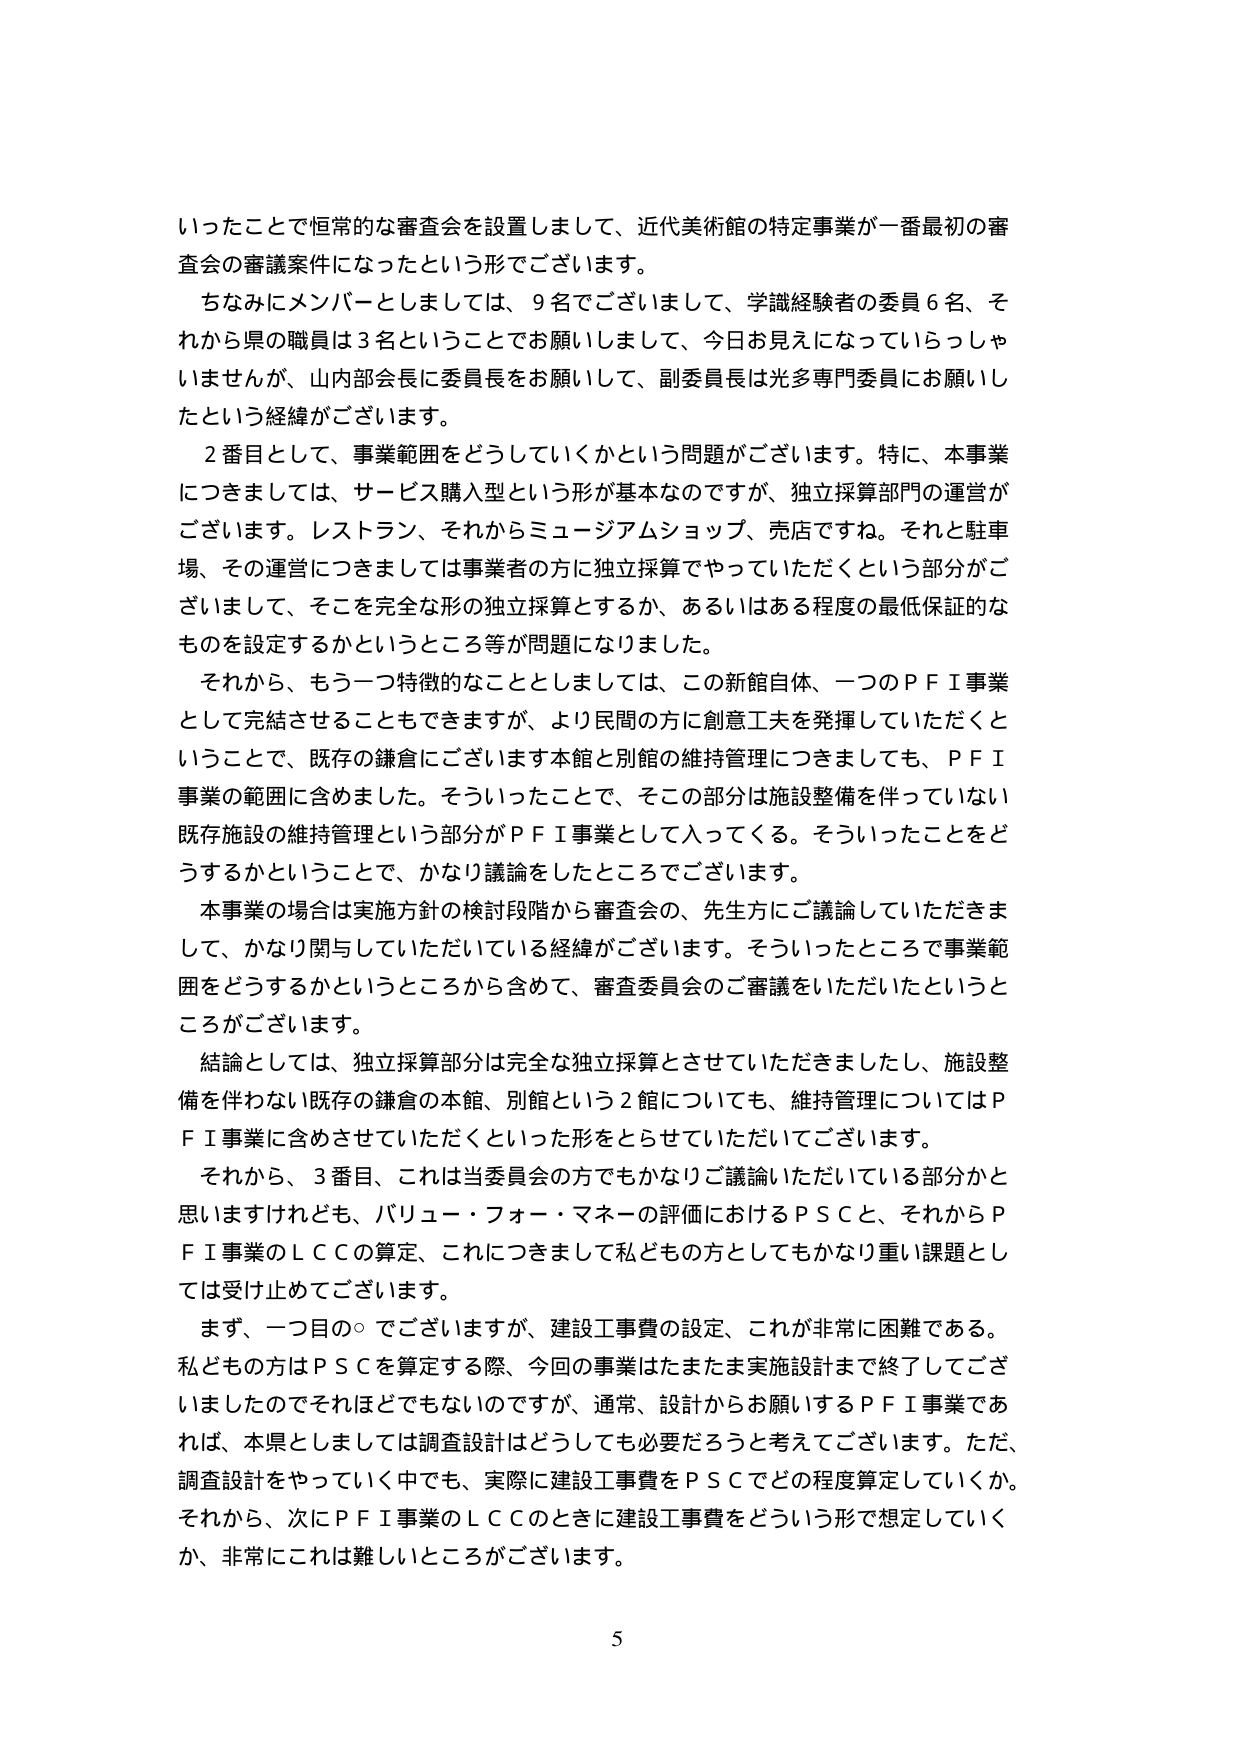
いったことで恒常的な審査会を設置しまして、近代美術館の特定事業が一番最初の審査会の審議案件になったという形でございます。

ちなみにメンバーとしましては、9名でございまして、学識経験者の委員6名、それから県の職員は3名ということでお願いしまして、今日お見えになっていらっしゃいませんが、山内部会長に委員長をお願いして、副委員長は光多専門委員にお願いしたという経緯がございます。

2番目として、事業範囲をどうしていくかという問題がございます。特に、本事業につきましては、サービス購入型という形が基本なのですが、独立採算部門の運営がございます。レストラン、それからミュージアムショップ、売店ですね。それと駐車場、その運営につきましては事業者の方に独立採算でやっていただくという部分がございまして、そこを完全な形の独立採算とするか、あるいはある程度の最低保証的なものを設定するかというところ等が問題になりました。

それから、もう一つ特徴的なこととしましては、この新館自体、一つのＰＦＩ事業として完結させることもできますが、より民間の方に創意工夫を発揮していただくということで、既存の鎌倉にございます本館と別館の維持管理につきましても、ＰＦＩ事業の範囲に含めました。そういったことで、そこの部分は施設整備を伴っていない既存施設の維持管理という部分がＰＦＩ事業として入ってくる。そういったことをどうするかということで、かなり議論をしたところでございます。

本事業の場合は実施方針の検討段階から審査会の、先生方にご議論していただきまして、かなり関与していただいている経緯がございます。そういったところで事業範囲をどうするかというところから含めて、審査委員会のご審議をいただいたというところがございます。

結論としては、独立採算部分は完全な独立採算とさせていただきましたし、施設整備を伴わない既存の鎌倉の本館、別館という2館についても、維持管理についてはＰＦＩ事業に含めさせていただくといった形をとらせていただいてございます。

それから、3番目、これは当委員会の方でもかなりご議論いただいている部分かと思いますけれども、バリュー・フォー・マネーの評価におけるＰＳＣと、それからＰＦＩ事業のＬＣＣの算定、これにつきまして私どもの方としてもかなり重い課題としては受け止めてございます。

まず、一つ目の○でございますが、建設工事費の設定、これが非常に困難である。私どもの方はＰＳＣを算定する際、今回の事業はたまたま実施設計まで終了してございましたのでそれほどでもないのですが、通常、設計からお願いするＰＦＩ事業であれば、本県としましては調査設計はどうしても必要だろうと考えてございます。ただ、調査設計をやっていく中でも、実際に建設工事費をＰＳＣでどの程度算定していくか。それから、次にＰＦＩ事業のＬＣＣのときに建設工事費をどういう形で想定していくか、非常にこれは難しいところがございます。

5